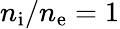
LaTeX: n_{\mathrm{i}}/n_{\mathrm{e}}=1